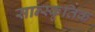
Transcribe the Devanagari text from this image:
सान्स्कृतिक